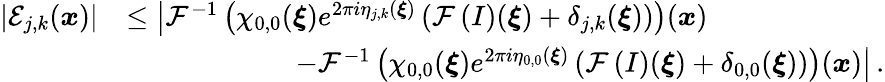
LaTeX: \begin{array}{rl}{\left\vert\mathcal{E}_{j,k}(\boldsymbol{x})\right\vert}&{\leq\big\vert\mathcal{F}^{-1}\left(\chi_{0,0}(\boldsymbol{\xi})e^{2\pi i\eta_{j,k}(\boldsymbol{\xi})}\left(\mathcal{F}\left(I\right)(\boldsymbol{\xi})+\delta_{j,k}(\boldsymbol{\xi})\right)\right)(\boldsymbol{x})}\\ &{\qquad\qquad\qquad-\mathcal{F}^{-1}\left(\chi_{0,0}(\boldsymbol{\xi})e^{2\pi i\eta_{0,0}(\boldsymbol{\xi})}\left(\mathcal{F}\left(I\right)(\boldsymbol{\xi})+\delta_{0,0}(\boldsymbol{\xi})\right)\right)(\boldsymbol{x})\big\vert\, .}\end{array}